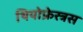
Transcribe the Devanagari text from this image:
थियोफ्रेस्त्रस